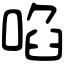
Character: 啗